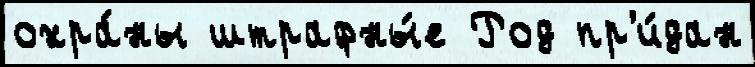
охра́ны штрафны́е Род пр'и́дан